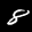
Label: 8